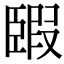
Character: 𦣯